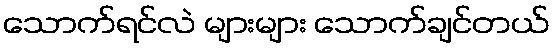
သောက်ရင်လဲ များများ သောက်ချင်တယ်